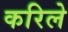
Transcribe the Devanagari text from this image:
करिले